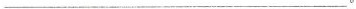
___。